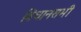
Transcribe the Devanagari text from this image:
विधानसभी